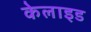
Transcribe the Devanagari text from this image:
केलाइड